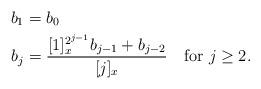
LaTeX: \begin{align*}b_1 & = b_0 \\b_j &= \frac{[1]_x^{2^{j-1}}b_{j-1}+b_{j-2}}{[j]_x} \quad\mbox{for $j\geq2$.}\end{align*}